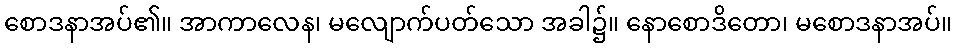
စောဒနာအပ်၏။ အာကာလေန၊ မလျောက်ပတ်သော အခါ၌။ နောစောဒိတော၊ မစောဒနာအပ်။